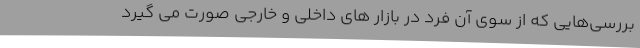
بررسی‌هایی که از سوی آن فرد در بازار های داخلی و خارجی صورت می گیرد